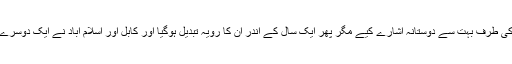
نئے افغان صدر نے اسلام آباد کی طرف بہت سے دوستانہ اشارے کیے مگر پھر ایک سال کے اندر ان کا رویہ تبدیل ہوگیا اور کابل اور اسلام آباد نے ایک دوسرے پر الزامات کی بوچھار کردی۔